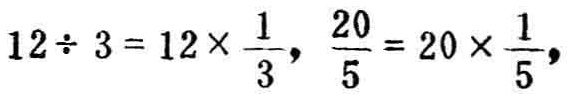
$12\div 3 = 12\times \frac{1}{3},\frac{20}{5}=20\times \frac{1}{5},$